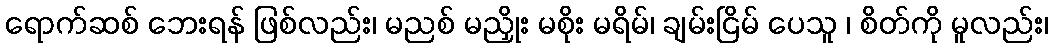
ရောက်ဆစ် ဘေးရန် ဖြစ်လည်း၊ မညစ် မညှိုး မစိုး မရိမ်၊ ချမ်းငြိမ် ပေသူ ၊ စိတ်ကို မူလည်း၊